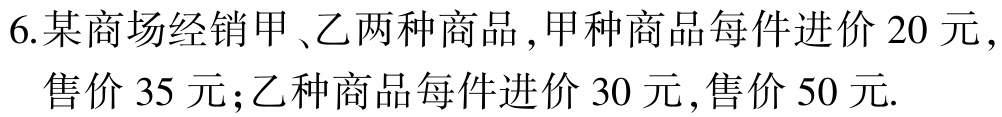
6.某商场经销甲、乙两种商品,甲种商品每件进价 20 元,售价 35 元;乙种商品每件进价 30 元,售价 50 元.